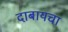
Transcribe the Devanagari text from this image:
दाबायचा